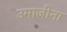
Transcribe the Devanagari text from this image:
उमाजीना